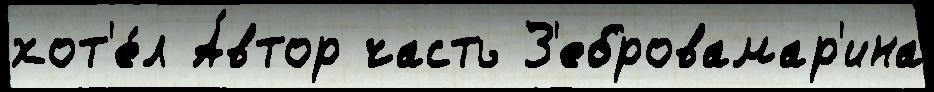
хот'е́л А́втор часть З'ебровамар'ина